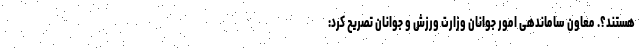
هستند؟. معاون ساماندهی امور جوانان وزارت ورزش و جوانان تصریح کرد: